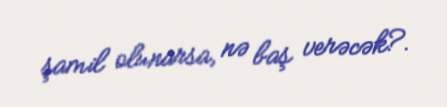
şamil olunarsa, nə baş verəcək?.